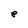
Character: e